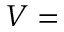
V =